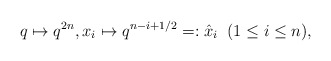
\begin{align*}q\mapsto q^{2n},x_i\mapsto q^{n-i+1/2}=:\hat{x}_i\;\; (1\leq i\leq n),\end{align*}